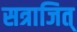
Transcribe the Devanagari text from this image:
सत्राजित्